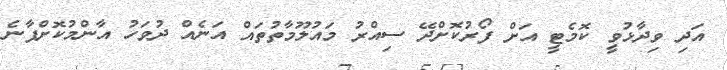
އަދި ވިދާޅުވީ ކޮމެޓީ އަށް ފޯރުކޮށްދޭ ސިއްރު މައުލޫމާތުތައް އަނެއް ދުވަހު އާންމުކޮށްފާނެ